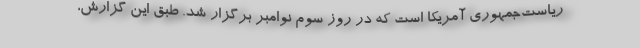
ریاست‌جمهوری آمریکا است که در روز سوم نوامبر برگزار شد. طبق این گزارش،